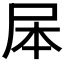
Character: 𭕕